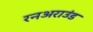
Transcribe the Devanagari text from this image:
रनअराउंड